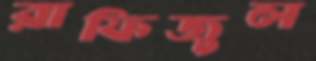
রাফিজুল